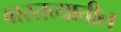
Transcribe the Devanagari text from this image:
वास्तव्यातील